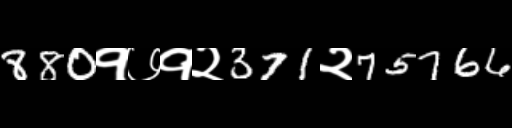
Text: 880१७१२371२75766